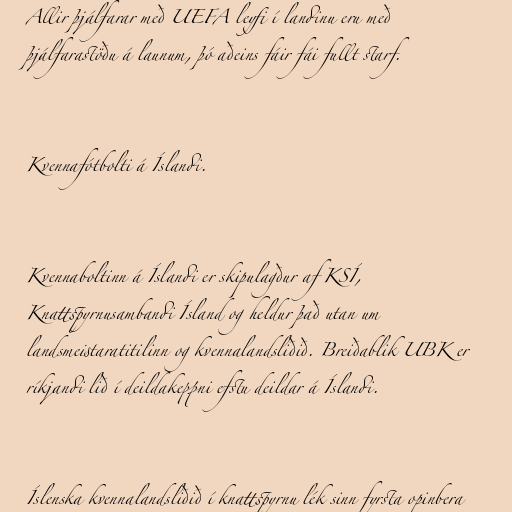
Allir þjálfarar með UEFA leyfi í landinu eru með
þjálfarastöðu á launum, þó aðeins fáir fái fullt starf.

Kvennafótbolti á Íslandi.

Kvennaboltinn á Íslandi er skipulagður af KSÍ,
Knattspyrnusambandi Ísland og heldur það utan um
landsmeistaratitilinn og kvennalandsliðið. Breiðablik UBK er
ríkjandi lið í deildakeppni efstu deildar á Íslandi.

Íslenska kvennalandsliðið í knattspyrnu lék sinn fyrsta opinbera